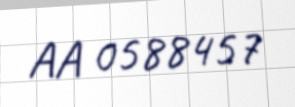
AA 0588457